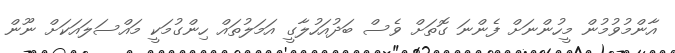
އާންމުވުމުން މީހުންނަށް ފެންނަ ގޮތަށް ވެސް ބަދުއަހުލާގީ އަމަލުތައް ހިންގުމަކީ މައްސަލައަކަށް ނޫން